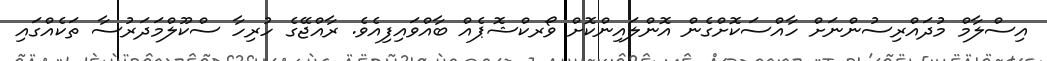
އިސްލާމް މުދައްރިސުންނަށް ހާއްސަކޮށްގެން އޮންލައިންކޮށް ވޯރކްޝޮޕެއް ބާއްވައިފިއެވެ. ރާއްޖޭގެ ހުރިހާ ސްކޫލްމަދަރުސާ ތަކެއްގައި